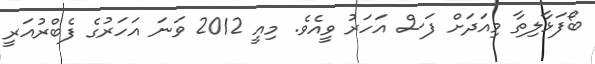
ބޯފަޅާލިތާ މިއަދަށް ފަސް އަހަރު ވީއެވެ. މިއީ 2012 ވަނަ އަހަރުގެ ފެބްރުއަރީ